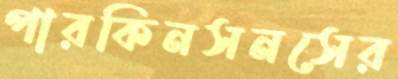
পারকিনসনসের